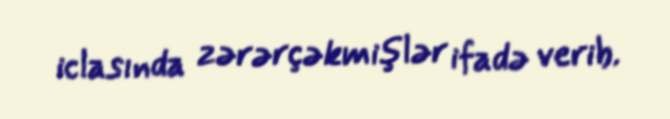
iclasında zərərçəkmişlər ifadə verib.